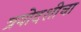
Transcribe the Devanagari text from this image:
त्रयोदशीचा